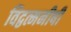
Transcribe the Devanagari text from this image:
विद्वत्मनीषी